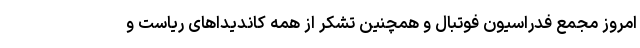
امروز مجمع فدراسیون فوتبال و همچنین تشکر از همه کاندیداهای ریاست و